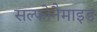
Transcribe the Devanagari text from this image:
सल्फोनैमाइड